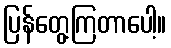
ပြန်တွေ့ကြတာပေါ့။